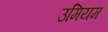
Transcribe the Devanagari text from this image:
उमियम